Vaccination Hyderabad 1872-1889 - 1872-1889
Year: 1872
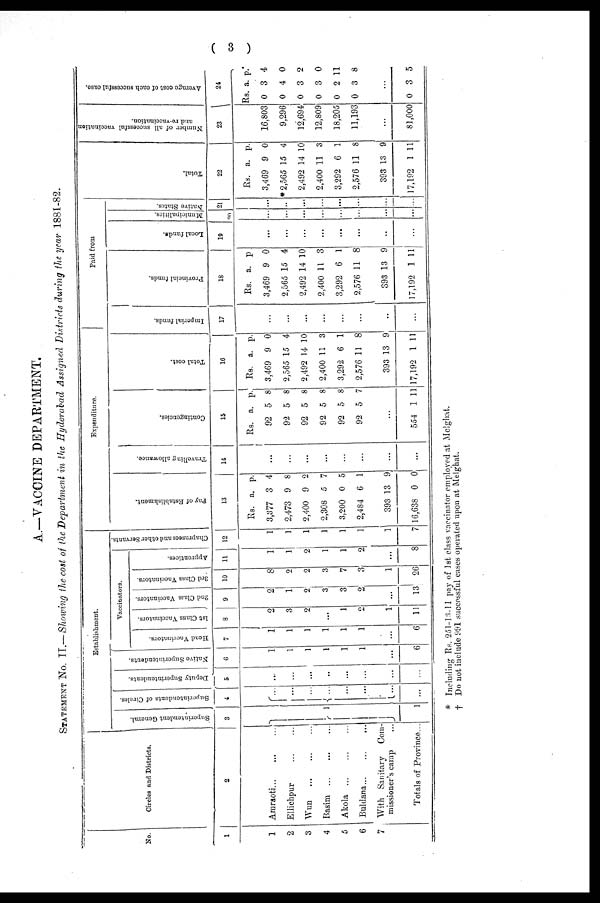
( 3 )
A.—VACCINE DEPARTMENT.
STATEMENT No. II.— Showing the cost of the Department in the Hyderabad Assigned Districts during the year 1881-82.
No.
1
1
2
3
4
5
6
7
Circles and Districts.
2
Amraoti ... ... ...
Ellichpur ... ...
Wun
...
...
...
Rasim
...
...
...
Akola
...
...
...
Buldana ... ... ...
With Sanitary Com-
missioner's camp ...
Totals of Province...
Establishment.
Superintendent General.
3
1
1
Superintendents of Circles.
4
...
...
...
...
...
...
...
...
Deputy Superintendents.
5
...
...
...
...
...
...
...
...
Native Superintendents.
6
1
1
1
1
1
1
...
6
Vaccinators.
Head Vaccinators.
7
1
1
1
1
1
1
...
6
1st Class Vaccinators.
8
2
3
2
...
1
2
1
11
2nd Class Vaccinators.
9
2
1
2
3
3
2
...
13
3rd Class Vaccinators.
10
8
2
2
3
7
3
1
26
Apprentices.
11
1
1
2
1
1
2
...
8
Chaprasees and other Servants.
12
1
1
1
1
1
1
1
7
Expenditure.
Pay of Establishment.
13
Rs.
3,377
2,473
2,400
2,308
3,200
2,484
393
16,638
a.
3
9
9
5
0
6
13
0
p.
4
8
2
7
5
1
9
0
Travelling allowance.
14
...
...
...
...
...
...
...
...
Contingencies.
15
Rs.
92
92
92
92
92
92
a.
5
5
5
5
5
5
p.
8
8
8
8
8
7
...
554 1 11
Total cost.
16
Rs.
3,469
2,565
2,492
2,400
3,292
2,576
393
17,192
a.
9
15
14
11
6
11
13
1
p.
0
4
10
3
1
8
9
11
Paid from
Imperial funds.
17
...
...
...
...
...
...
...
...
Provincial funds.
18
Rs.
3,469
2,565
2,492
2,400
3,292
2,576
393
17,192
a.
9
15
14
11
6
11
13
1
p.
0
4
10
3
1
8
9
11
Local funds.
19
...
...
...
...
...
...
...
...
Municipalities.
20
...
...
...
...
...
...
...
...
Native States.
21
...
...
...
...
...
...
...
...
Total.
22
Rs.
3,469
*2,565
2,492
2,400
3,292
2,576
393
17,192
a.
9
15
14
11
6
11
13
1
p.
0
4
10
3
1
8
9
11
Number of all successful vaccination
and re-vaccination.
23
16,803
9,296
12,694
12,809
18,205
11,193
...
81,000
Average cost of each successful case.
24
Rs
0
0
0
0
0
0
a.
3
4
3
3
2
3
p.
4
0
2
0
11
8
...
0 3 5
* Including Rs. 251-13-11 pay of 1st class vaccinator employed at Melghat.
† Do not include 991 successful cases operated upon at Melghat.